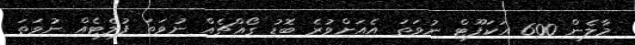
މާލެން 600 އަކަފޫޓް ނުވަތަ އެއަށްވުރެ ބޮޑު ގޯއްޗެއް ނުވަތަ ފުލެޓެއް ނުވަތަ